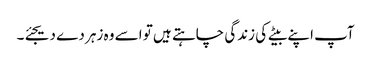
آپ اپنے بیٹے کی زندگی چاہتے ہیں تو اسے وہ زہر دے دیجئے۔